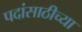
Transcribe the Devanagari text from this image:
पदांसाठीच्या